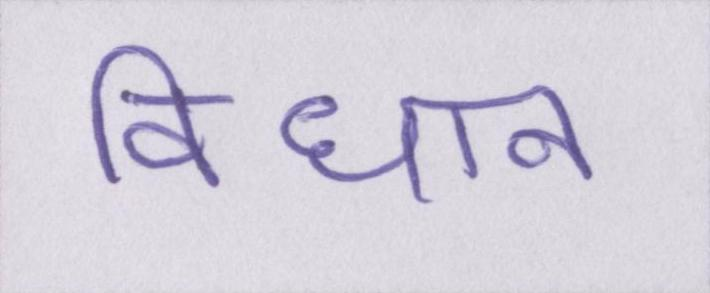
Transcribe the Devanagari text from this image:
विधान